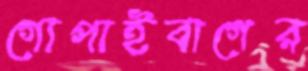
গোপাইবাগের